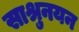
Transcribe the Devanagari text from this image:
साश्रुनयन